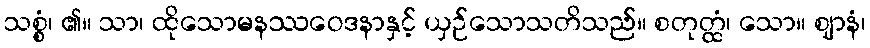
သစ္စံ၊ ၏။ သာ၊ ထိုသောမနဿဝေဒနာနှင့် ယှဉ်သောသတိသည်။ စတုတ္ထံ၊ သော။ ဈာနံ၊